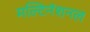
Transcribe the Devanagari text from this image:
मल्टिनॅशनल